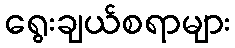
ရွေးချယ်စရာများ